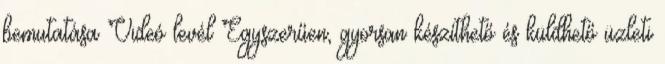
bemutatása Videó levél Egyszerűen, gyorsan készíthető és küldhető üzleti